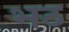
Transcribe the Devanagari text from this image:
भठ